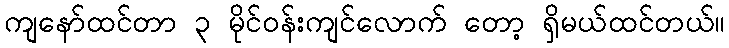
ကျနော်ထင်တာ ၃ မိုင်ဝန်းကျင်လောက် တော့ ရှိမယ်ထင်တယ်။